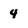
Character: 4